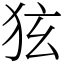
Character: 㹡